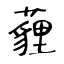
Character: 薶